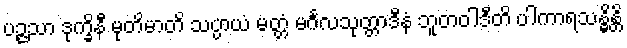
ပဉ္ဇသာ ဒုက္ခိနီ မုတိမာတိ သပ္ပာယံ မတ္တံ မင်္ဂလသုတ္တာဒီနံ ဘူတဝါဒီတိ ပါကာရသန္ဓိန္တိ